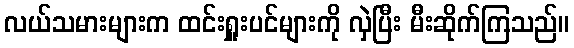
လယ်သမားများက ထင်းရှူးပင်များကို လှဲပြီး မီးဆိုက်ကြသည်။